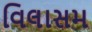
વિલાસમ